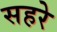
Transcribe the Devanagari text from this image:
सहरे